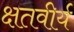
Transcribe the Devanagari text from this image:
क्षतवीर्य